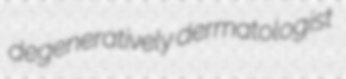
degeneratively dermatologist